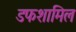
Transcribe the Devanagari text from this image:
डफशामिल